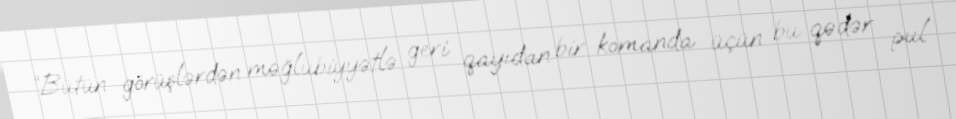
“Bütün görüşlərdən məğlubiyyətlə geri qayıdan bir komanda üçün bu qədər pul